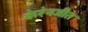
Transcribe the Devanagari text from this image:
केरेनजीत